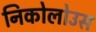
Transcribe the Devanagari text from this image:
निकोलोउस